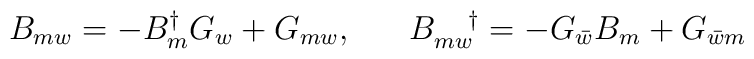
B_{mw} = -B^{\dagger}_{m} G_{w} + G_{mw}, \;\;\;\;\;\; B_{mw}^{\;\;\;\;\;\dagger} = -G_{\bar{w}} B_{m} + G_{\bar{w}m}